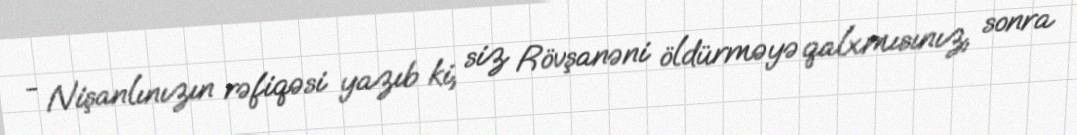
- Nişanlınızın rəfiqəsi yazıb ki, siz Rövşanəni öldürməyə qalxmısınız, sonra